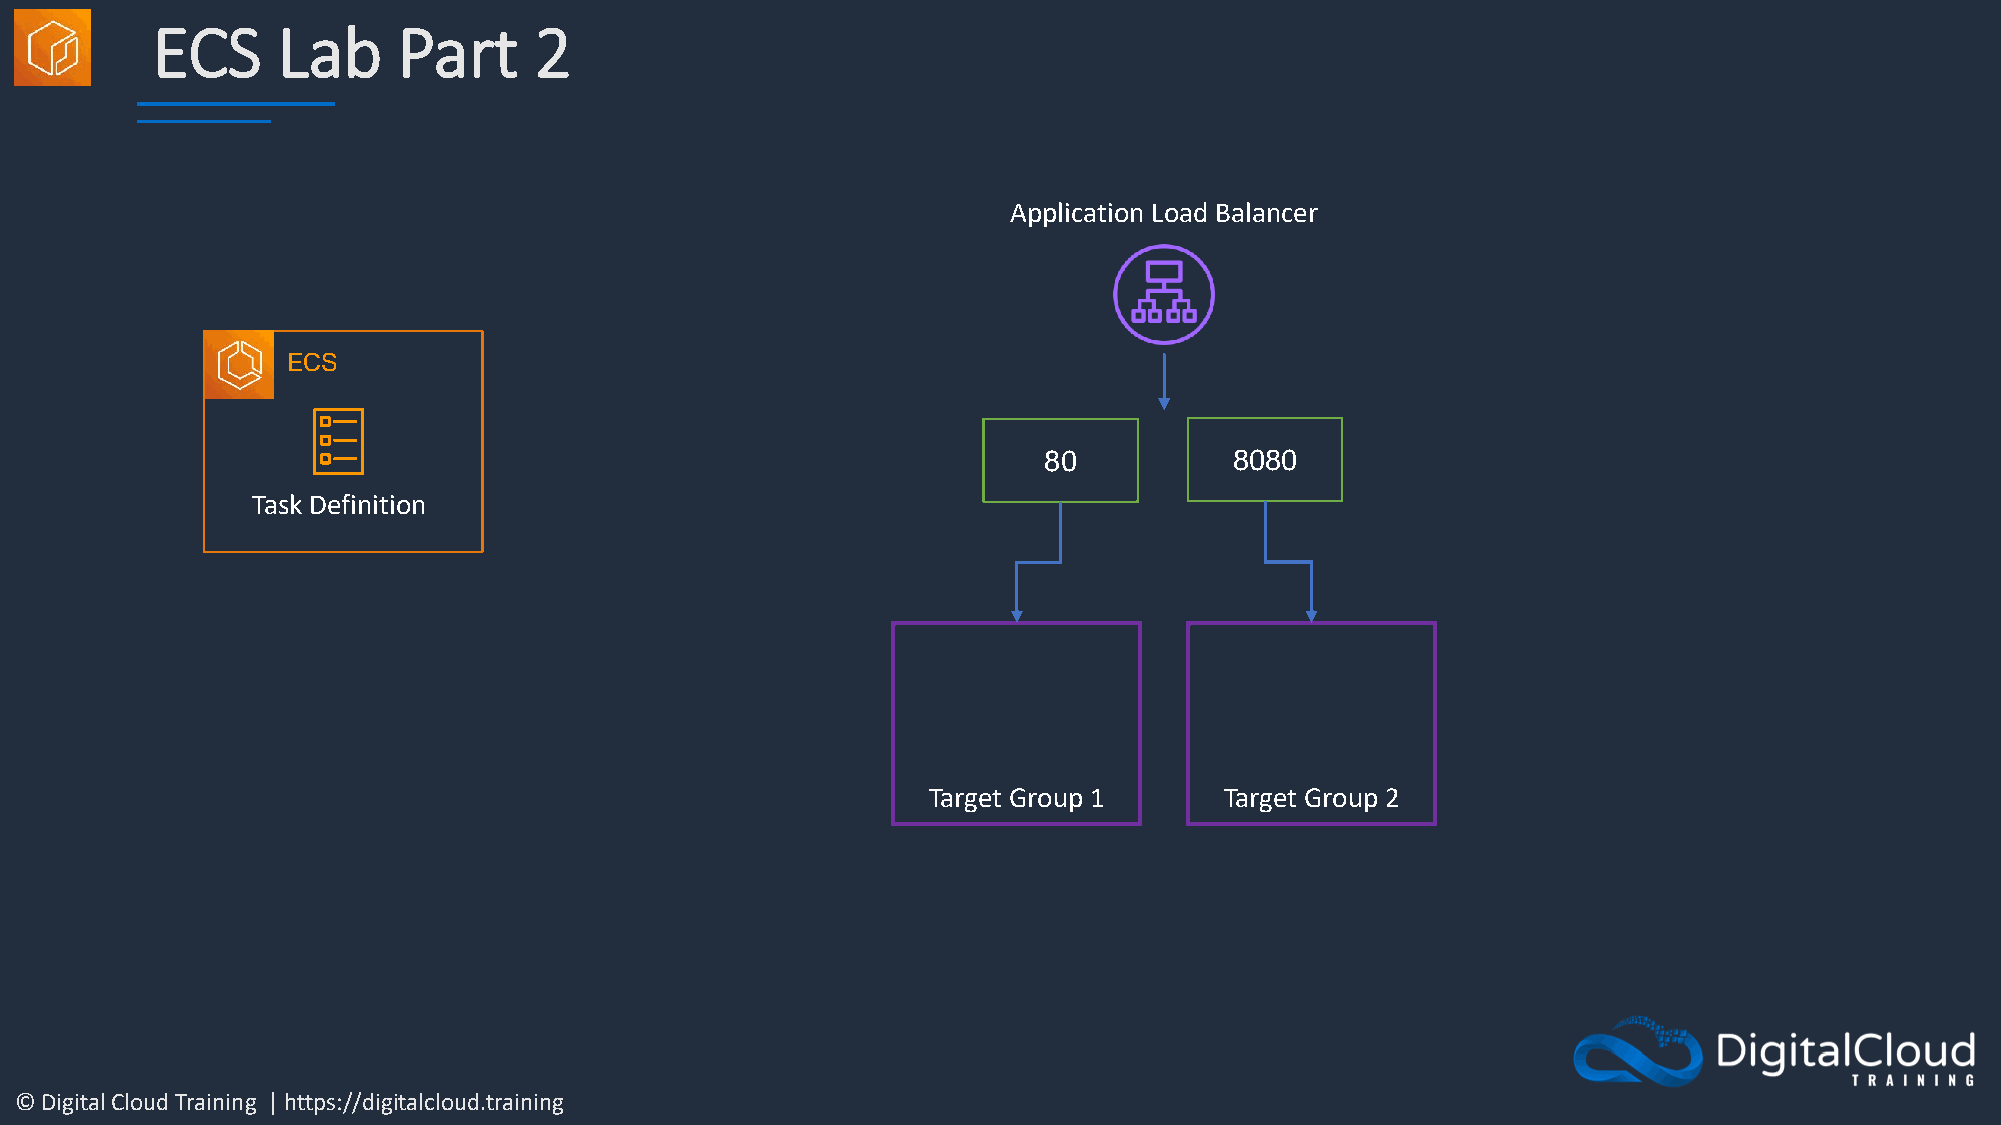
ECS     Lab     Part     2
 Application Load Balancer
 ECS
 80           8080
 Task Definition
 Target Group 1      Target Group 2
 © Digital Cloud Training | https://digitalcloud.training